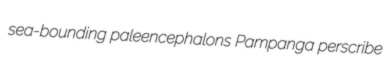
sea-bounding paleencephalons Pampanga perscribe